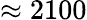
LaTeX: \approx 2100